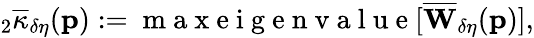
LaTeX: {}_{2}\overline{{\kappa}}_{\delta\eta}(\mathbf{p}):=\mathrm{~m~a~x~e~i~g~e~n~v~a~l~u~e~}[\overline{{\mathbf{W}}}_{\delta\eta}(\mathbf{p})],